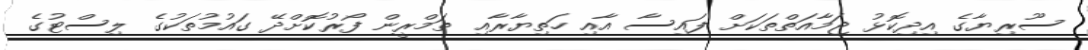
ސޫރިޔާގެ އިދިކޮޅު ޖަމާއަތްތަކަށް ފައިސާ އާއި ހަތިޔާރާއި ތަމްރީން ފޯރުކޮށްދޭ ގައުމުތަކުގެ ލިސްޓުގެ